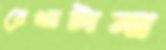
রেখাটানা